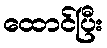
ထောင်ပြီး